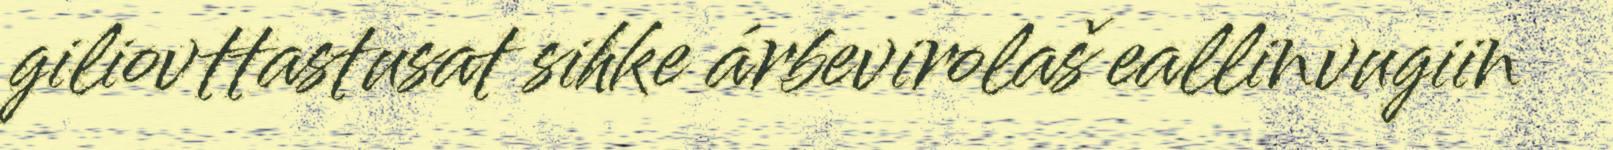
giliovttastusat sihke árbevirolaš eallinvugiin